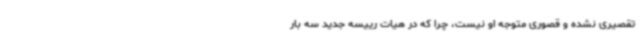
تقصیری نشده و قصوری متوجه او نیست، چرا که در هیات رییسه جدید سه بار